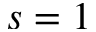
s = 1